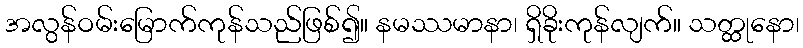
အလွန်ဝမ်းမြောက်ကုန်သည်ဖြစ်၍။ နမဿမာနာ၊ ရှိခိုးကုန်လျက်။ သတ္ထုနော၊